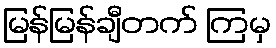
မြန်မြန်ချီတက် ကြမှ